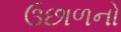
ઉછાળનો